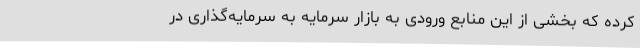
کرده که بخشی از این منابع ورودی به بازار سرمایه به سرمایه‌گذاری در